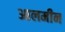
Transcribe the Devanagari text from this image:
आलमीन